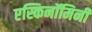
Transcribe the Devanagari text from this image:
एस्किनॉमिनी